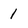
Character: 1